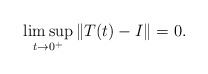
\begin{align*}\limsup_{t\to0^{+}}\|T(t)-I\|=0.\end{align*}